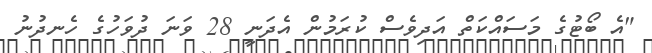
"އެ ބޯޓުގެ މަސައްކަތް އަދިވެސް ކުރަމުން އެދަނީ 28 ވަނަ ދުވަހުގެ ހެނދުނު